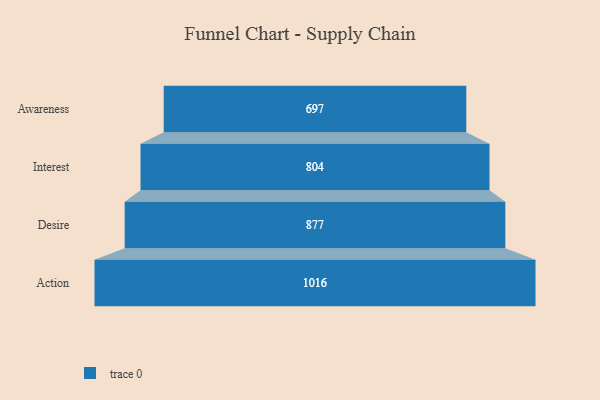
{"axis": {"x": "Stage", "y": "Value"}, "legend": [""], "data": [{"x": "Awareness", "y": 697.0, "type": ""}, {"x": "Interest", "y": 804.0, "type": ""}, {"x": "Desire", "y": 877.0, "type": ""}, {"x": "Action", "y": 1016.0, "type": ""}]}